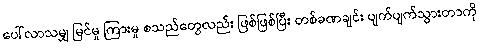
ပေါ်လာသမျှ မြင်မှု ကြားမှု စသည်တွေလည်း ဖြစ်ဖြစ်ပြီး တစ်ခဏချင်း ပျက်ပျက်သွားတာကို